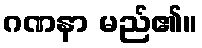
ဂဏနာ မည်၏။